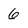
Character: 6